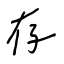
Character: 存